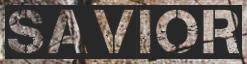
SAVIOR